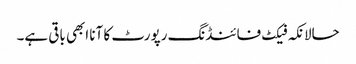
حالانکہ فیکٹ فائنڈنگ رپورٹ کا آنا ابھی باقی ہے۔